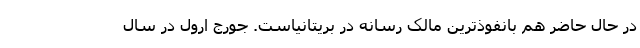
در حال حاضر هم بانفوذترین مالک رسانه در بریتانیاست. جورج ارول در سال